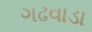
ગઢવાડા